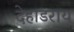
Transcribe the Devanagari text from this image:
देहाडराय